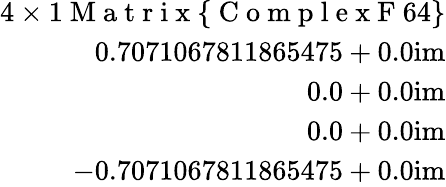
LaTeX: \begin{array}{r}{4\times 1\mathrm{~M~a~t~r~i~x~}\{ \mathrm{~C~o~m~p~l~e~x~F~}64\} }\\ {0.7071067811865475+0.0\mathrm{im}}\\ {0.0+0.0\mathrm{im}}\\ {0.0+0.0\mathrm{im}}\\ {-0.7071067811865475+0.0\mathrm{im}}\end{array}